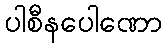
ပါစီနပေါဏော